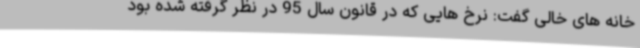
خانه های خالی گفت: نرخ هایی که در قانون سال 95 در نظر گرفته شده بود